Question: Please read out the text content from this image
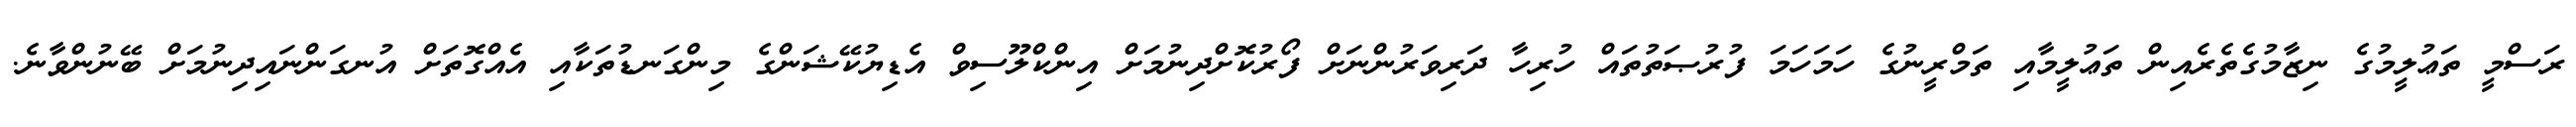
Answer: ރަސްމީ ތަޢުލީމުގެ ނިޒާމުގެތެރެއިން ތަޢުލީމާއި ތަމްރީނުގެ ހަމަހަމަ ފުރުޞަތުތައް ހުރިހާ ދަރިވަރުންނަށް ފޯރުކޮށްދިނުމަށް އިންކްލޫސިވް އެޑިޔުކޭޝަންގެ މިންގަނޑުތަކާއި އެއްގޮތަށް އުނގަންނައިދިނުމަށް ބޭނުންވާނެ.